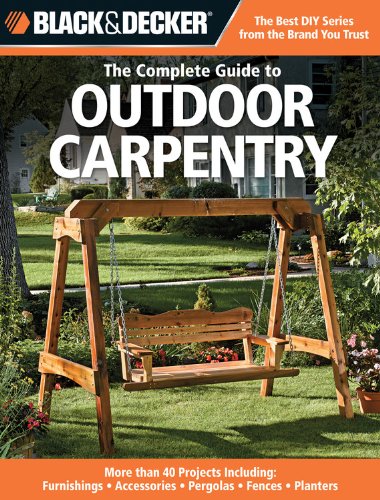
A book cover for Black & Decker The Complete Guide to Outdoor Carpentry: More than 40 Projects Including: Furnishings - Accessories - Pergolas - Fences - Planters (Black & Decker Complete Guide); Editors of Creative Publishing; Crafts, Hobbies & Home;